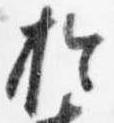
於